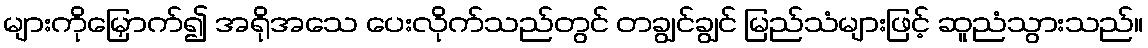
များကိုမြှောက်၍ အရိုအသေ ပေးလိုက်သည်တွင် တချွင်ချွင် မြည်သံများဖြင့် ဆူညံသွားသည်။